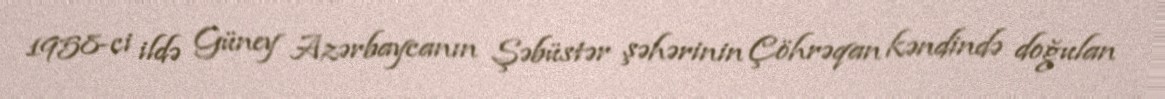
1958-ci ildə Güney Azərbaycanın Şəbüstər şəhərinin Çöhrəqan kəndində doğulan